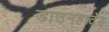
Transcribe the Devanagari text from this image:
डाउनहार्टेड